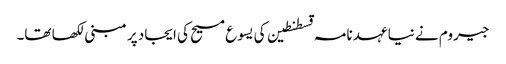
جیروم نے نیا عہد نامہ قسطنطین کی یسوع مسیح کی ایجاد پر مبنی لکھا تھا۔